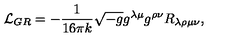
{ \cal L } _ { G R } = - \frac { 1 } { 1 6 \pi k } \sqrt { - g } g ^ { \lambda \mu } g ^ { \rho \nu } R _ { \lambda \rho \mu \nu } ,